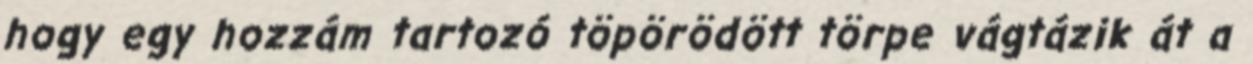
hogy egy hozzám tartozó töpörödött törpe vágtázik át a